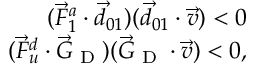
\begin{array} { r } { ( \vec { F } _ { 1 } ^ { a } \cdot \vec { d } _ { 0 1 } ) ( \vec { d } _ { 0 1 } \cdot \vec { v } ) < 0 } \\ { ( \vec { F } _ { u } ^ { d } \cdot \vec { G } _ { \textrm { D } } ) ( \vec { G } _ { \textrm { D } } \cdot \vec { v } ) < 0 , } \end{array}